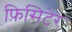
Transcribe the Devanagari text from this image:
फ़िसिटेर